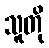
သူတို